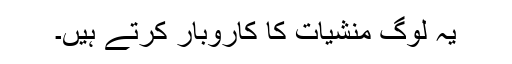
یہ لوگ منشیات کا کاروبار کرتے ہیں۔